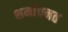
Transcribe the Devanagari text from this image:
शर्मावनत